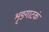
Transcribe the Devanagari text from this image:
शृङ्गाटकं